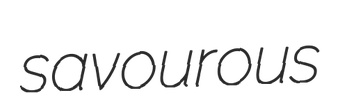
savourous